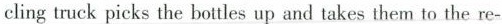
cling truck picks the bottles up and takes them to the re-